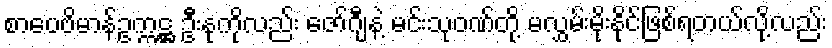
စာပေဗိမာန်ဥက္ကဋ္ဌ ဦးနုကိုလည်း ဇော်ဂျီနဲ့ မင်းသုဝဏ်တို့ မလွှမ်းမိုးနိုင်ဖြစ်ရတယ်လို့လည်း